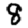
Digit: 8